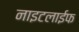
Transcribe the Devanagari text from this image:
नाइटलाईफ